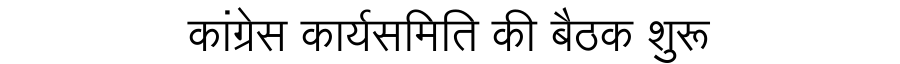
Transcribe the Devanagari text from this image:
कांग्रेस कार्यसमिति की बैठक शुरू